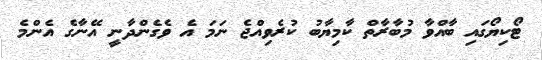
ޓޯކިޔޯގައި ބާއްވާ މުބާރާތް ކާމިޔާބު ކުރެވިއްޖެ ނަމަ އެ ވެގެންދާނީ އޭނާގެ އެންމެ